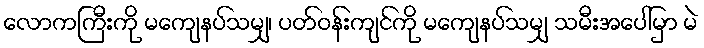
လောကကြီးကို မကျေနပ်သမျှ၊ ပတ်ဝန်းကျင်ကို မကျေနပ်သမျှ သမီးအပေါ်မှာ မဲ